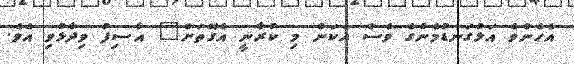
އެހެންވެ އަޅުގަނޑުމެންގެ ވެސް އެކަން މި ކުރާނީ އެގޮތަށް" އާސިފު ވިދާޅުވި އެވެ.